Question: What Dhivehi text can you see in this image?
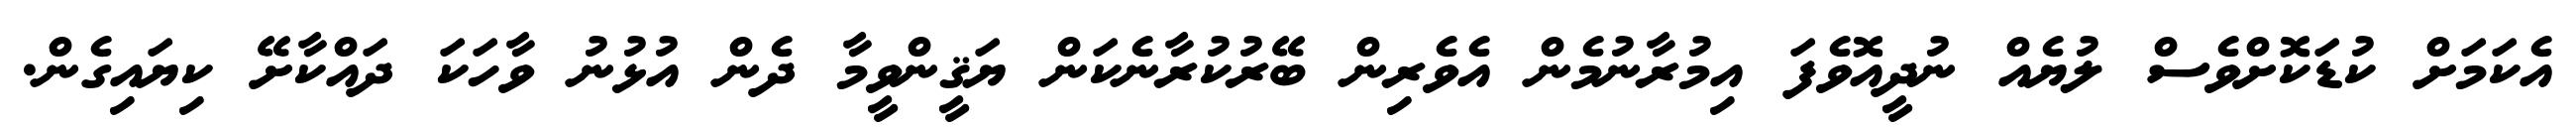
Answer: އެކަމަށް ކުޑަކޮށްވެސް ލުޔެއް ނުދީއޮވެފަ އިމުރާނުމެން އެވެރިން ބޭރުކުރާނެކަން ޔަޤީންވީމާ ދެން އުޅުނު ވާހަކަ ދައްކާށޭ ކިޔައިގެން.